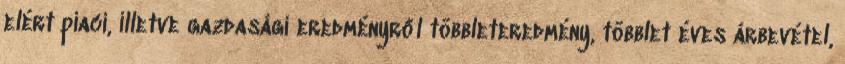
elért piaci, illetve gazdasági eredményről többleteredmény, többlet éves árbevétel,